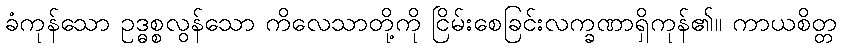
ခံကုန်သော ဥဒ္ဓစ္စလွန်သော ကိလေသာတို့ကို ငြိမ်းစေခြင်းလက္ခဏာရှိကုန်၏။ ကာယစိတ္တ